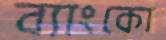
ব্যাংকো